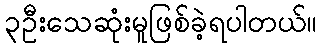
၃ဦးသေဆုံးမူဖြစ်ခဲ့ရပါတယ်။